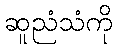
ဆူညံသံကို